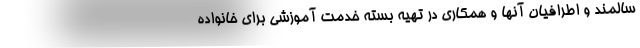
سالمند و اطرافیان آنها و همکاری در تهیه بسته خدمت آموزشی برای خانواده